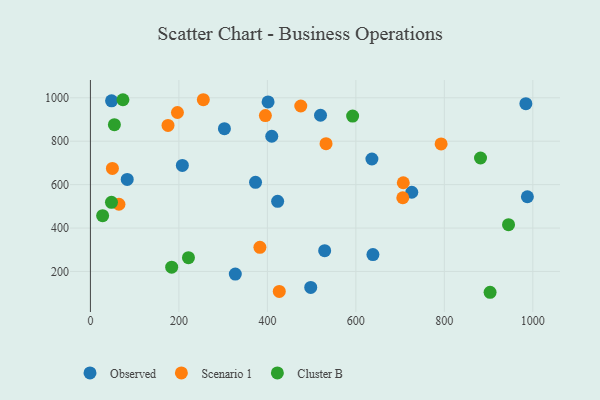
{"axis": {"x": "Experience", "y": "Sales"}, "legend": ["Cluster B", "Observed", "Scenario 1"], "data": [{"x": "636.3", "y": 718.2, "type": "Observed"}, {"x": "726.4", "y": 565.0, "type": "Observed"}, {"x": "529.5", "y": 295.8, "type": "Observed"}, {"x": "327.5", "y": 188.0, "type": "Observed"}, {"x": "83.2", "y": 624.1, "type": "Observed"}, {"x": "638.6", "y": 277.7, "type": "Observed"}, {"x": "423.2", "y": 523.2, "type": "Observed"}, {"x": "401.6", "y": 981.2, "type": "Observed"}, {"x": "47.8", "y": 986.2, "type": "Observed"}, {"x": "987.7", "y": 544.2, "type": "Observed"}, {"x": "984.3", "y": 972.9, "type": "Observed"}, {"x": "498.0", "y": 126.4, "type": "Observed"}, {"x": "409.9", "y": 822.9, "type": "Observed"}, {"x": "373.2", "y": 610.6, "type": "Observed"}, {"x": "207.8", "y": 688.7, "type": "Observed"}, {"x": "520.1", "y": 919.6, "type": "Observed"}, {"x": "302.9", "y": 857.6, "type": "Observed"}, {"x": "475.5", "y": 962.4, "type": "Scenario 1"}, {"x": "532.6", "y": 788.5, "type": "Scenario 1"}, {"x": "383.1", "y": 311.0, "type": "Scenario 1"}, {"x": "196.7", "y": 932.4, "type": "Scenario 1"}, {"x": "706.1", "y": 539.6, "type": "Scenario 1"}, {"x": "175.4", "y": 872.6, "type": "Scenario 1"}, {"x": "426.9", "y": 107.8, "type": "Scenario 1"}, {"x": "49.7", "y": 674.8, "type": "Scenario 1"}, {"x": "64.5", "y": 509.6, "type": "Scenario 1"}, {"x": "792.7", "y": 787.7, "type": "Scenario 1"}, {"x": "395.5", "y": 918.1, "type": "Scenario 1"}, {"x": "707.2", "y": 608.7, "type": "Scenario 1"}, {"x": "255.2", "y": 991.2, "type": "Scenario 1"}, {"x": "73.5", "y": 991.1, "type": "Cluster B"}, {"x": "183.7", "y": 219.9, "type": "Cluster B"}, {"x": "27.6", "y": 457.0, "type": "Cluster B"}, {"x": "592.7", "y": 916.1, "type": "Cluster B"}, {"x": "945.1", "y": 415.6, "type": "Cluster B"}, {"x": "221.6", "y": 263.5, "type": "Cluster B"}, {"x": "54.2", "y": 876.3, "type": "Cluster B"}, {"x": "881.8", "y": 722.8, "type": "Cluster B"}, {"x": "47.6", "y": 518.7, "type": "Cluster B"}, {"x": "903.4", "y": 104.1, "type": "Cluster B"}]}